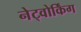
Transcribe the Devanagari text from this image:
नेट्वोर्किंग